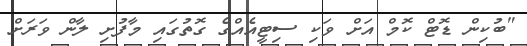
"ބުކިން ޑޮޓް ކޮމް އަށް ވަކި ސިޓީއެއްގެ ގޮތުގައި މާފުށި ލާން ވަރަށް